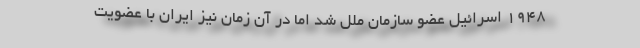
۱۹۴۸ اسرائیل عضو سازمان ملل شد اما در آن زمان نیز ایران با عضویت